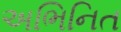
અભિનિત